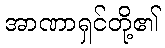
အာဏာရှင်တို့၏